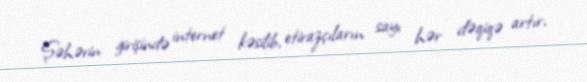
Şəhərin girişində internet kəsilib, etirazçıların sayı hər dəqiqə artır,